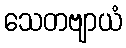
သေတဗျာယံ